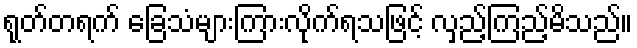
ရုတ်တရက် ခြေသံများကြားလိုက်ရသဖြင့် လှည့်ကြည့်မိသည်။